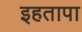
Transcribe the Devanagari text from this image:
इहतापा